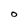
Character: O